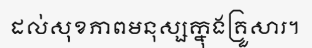
ដល់សុខភាពមនុស្សក្នុងគ្រួសារ។